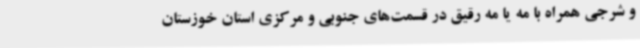
و شرجی همراه با مه یا مه رقیق در قسمت‌های جنوبی و مرکزی استان خوزستان